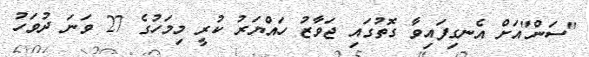
"ސަން"އަށް އެނގިފައިވާ ގޮތުގައި ޖަވާޒު ހައްޔަރު ކުރީ މިމަހުގެ 27 ވަނަ ދުވަހު